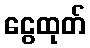
ငွေထုတ်